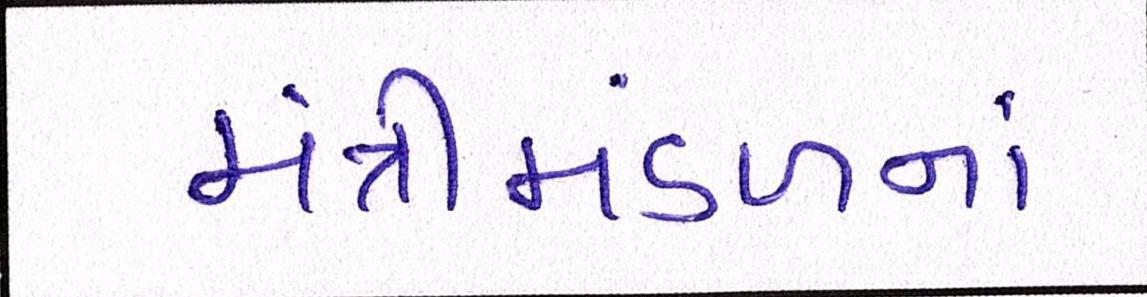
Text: મંત્રીમંડળનાં